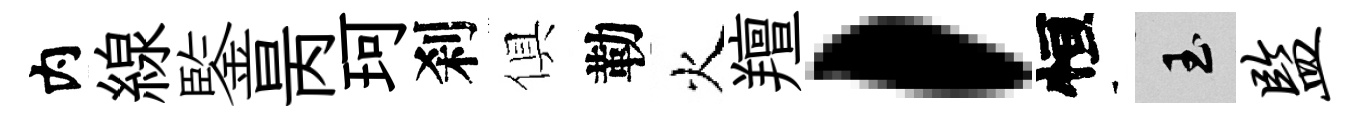
内線鍳昺珂刹俱勒火羶，恒玉监